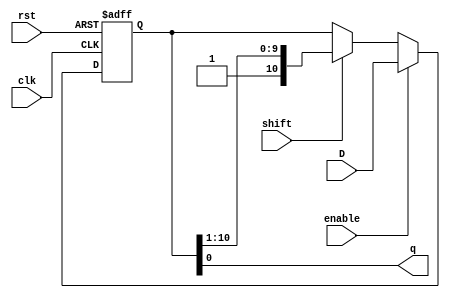
`timescale 1ns / 1ps
//////////////////////////////////////////////////////////////////////////////////
//  Company: ITESO
//  Engineers: Braulio Martinez Aceves, Jorge Alberto Padilla Gutierrez
//  Module Description: Parametric Right Shift Register with Paralel Input
//////////////////////////////////////////////////////////////////////////////////
module Shift_Register_PISO_Param #(parameter NUM_BITS = 11)(
    input clk,
    input rst,
    input enable,
    input shift,
    input [NUM_BITS-1:0] D,
    output q
);
	 
	reg [NUM_BITS-1:0] D_FF;
		 
	always @(posedge rst, posedge clk) begin
		if (rst)
			D_FF <= {NUM_BITS{1'b1}};
		else
			if (enable)
				D_FF <= D;
			else if (shift)
				D_FF <= {1'b1, D_FF[NUM_BITS-1:1]};
	end
	
	assign q = D_FF[0];
	
endmodule